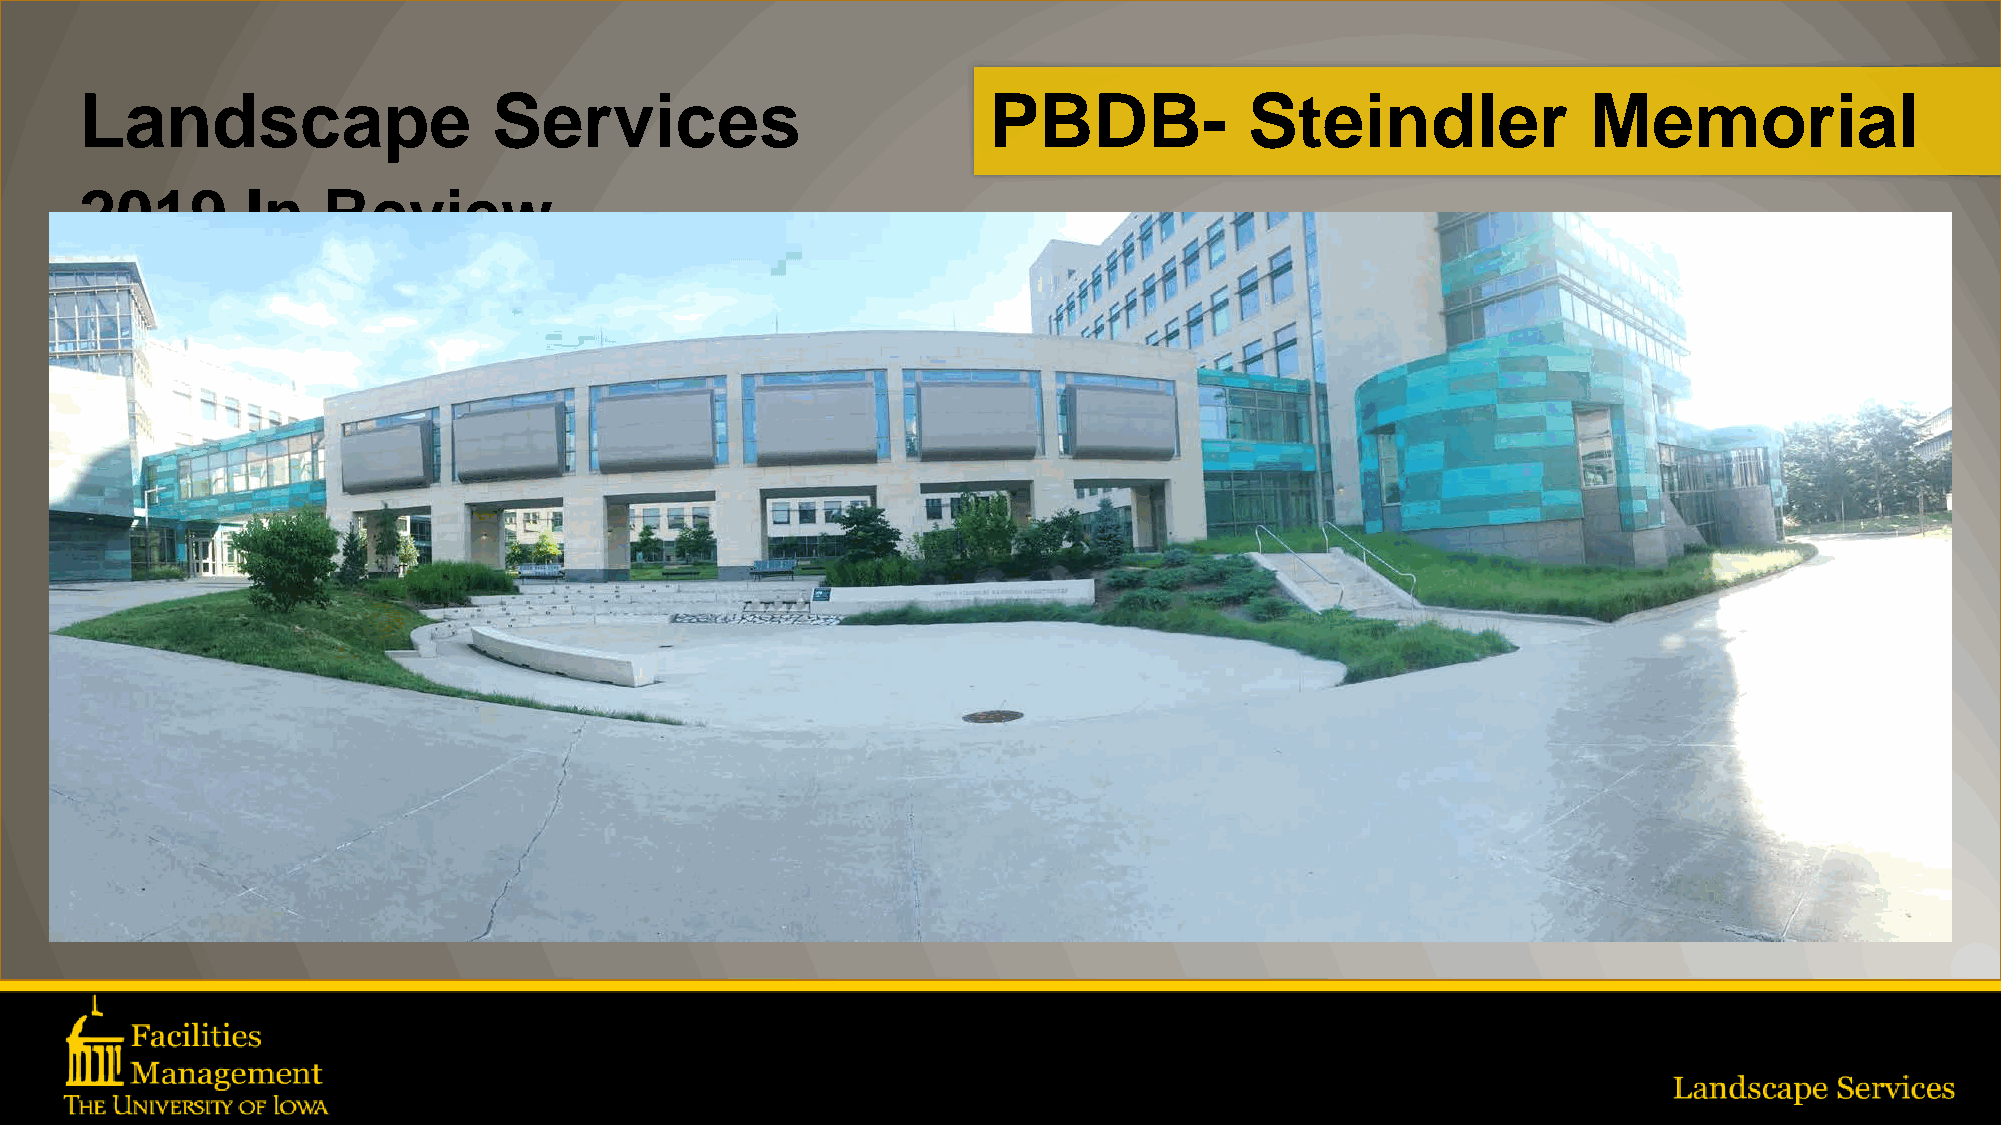
Landscape                   Services                        PBDB-             Steindler             Memorial
 2019       In   Review